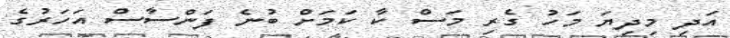
އަދި މިދިޔަ މަހު ގެރި މަސް ކާ ކަމަށް ބުނެ ފަންސާސް އަހަރުގެ